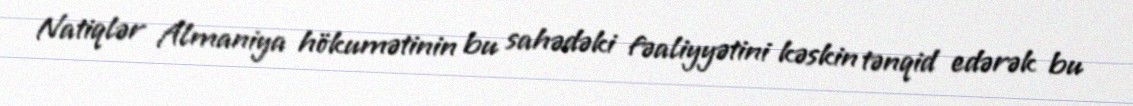
Natiqlər Almaniya hökumətinin bu sahədəki fəaliyyətini kəskin tənqid edərək bu